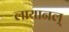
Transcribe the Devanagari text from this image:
लायानल्